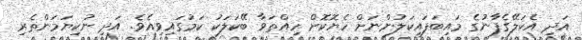
އަދި އެކަލޭގެފާނުގެ މައިބަފައިކަލުންނަށް ހެޔޮކޮށް ހިއްތަވާ ބޭކަލަކު ކަމުގައިވިއެވެ. އަދި ނުކިޔަމަންތެރި